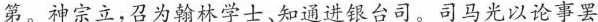
第。神宗立，召为翰林学士，知道进银台司，司马光以论事罢